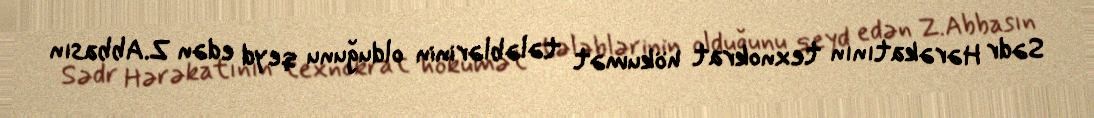
Sədr Hərəkatının texnokrat hökumət tələblərinin olduğunu qeyd edən Z.Abbasın